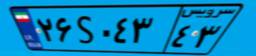
۲۶S۰۴۳۴۳